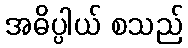
အဓိပ္ပါယ် စသည်